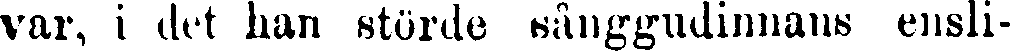
var, i det han störde sånggudinnans ensli-